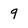
Character: 9